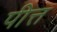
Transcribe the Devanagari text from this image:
पीत्त